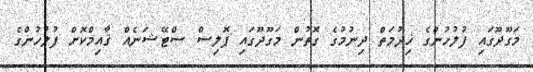
މަގޫދޫގައި ފުލުހުންގެ ޚިދުމަތް ދިނުމުގެ ގޮތުން މަގޫދޫގައި ޕޮލިސް ސްޓޭޝަނެއް ޤާއިމްކޮށް ފުލުހުންގެ